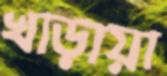
খাড়ায়া